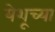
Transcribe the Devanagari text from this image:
येशूच्‍या